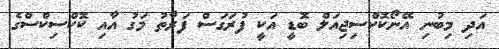
އަދި މިބުނި އޭނޯކޮކްސިޖިއަލް ބޮޑީ އަކީ ފުރަގަސް ފަރާތު މަގު އާއި ކޮކްސިކްސްގެ